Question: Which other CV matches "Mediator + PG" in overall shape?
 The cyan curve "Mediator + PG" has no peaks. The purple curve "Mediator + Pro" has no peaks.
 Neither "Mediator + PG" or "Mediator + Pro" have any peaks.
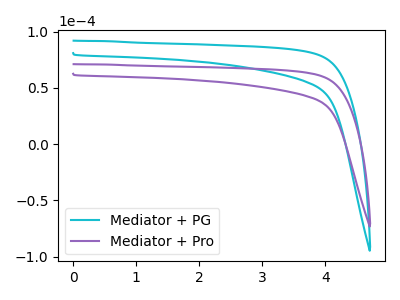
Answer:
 <answer>The CV with the most similar shape to "Mediator + Pro" is "Mediator + PG".</answer>
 <eval>"Mediator + PG"</eval>